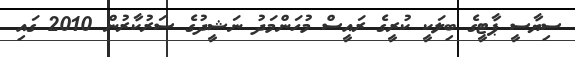
ސިޔާސީ ޕާޓީގެ ބިލަކީ ކުރީގެ ރައީސް މުހަންމަދު ނަޝީދުގެ ސަރުކާރުން 2010 ގައި